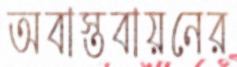
অবাস্তবায়নের